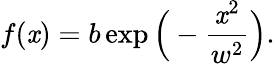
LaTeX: f(\mathit{x})=b\exp\Big(-\frac{{\mathit{x}^{2}}}{{w^{2}}}\Big).